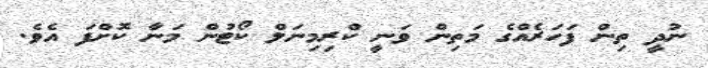
ނުދީ ތިން ފަހަރެއްގެ މަތިން ވަނީ ކްރިމިނަލް ކޯޓުން މަނާ ކޮށްފަ އެވެ.